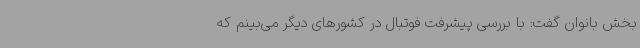
بخش بانوان گفت: با بررسی پیشرفت فوتبال در کشورهای دیگر می‌بینم که